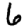
Digit: 6